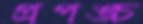
প্রপঙ্চ